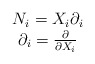
\begin{align*}\begin{array}{c}N_{i}=X_{i}\partial_{i}\\\partial_{i}=\frac {\partial}{\partial X_{i}}\end{array}\end{align*}